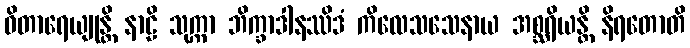
ဝိတာရေယျုန္တိ နာဠိ သုက္ကာ ဘိက္ခာဒါနဿိဒံ ကိလေသသေနာယ အစ္ဆရိယန္တိ နိရတောတိ